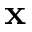
{ \bf x }